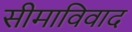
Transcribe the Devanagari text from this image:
सीमाविवाद